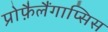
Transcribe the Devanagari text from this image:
प्रोफ़ैलैंगाप्सिस